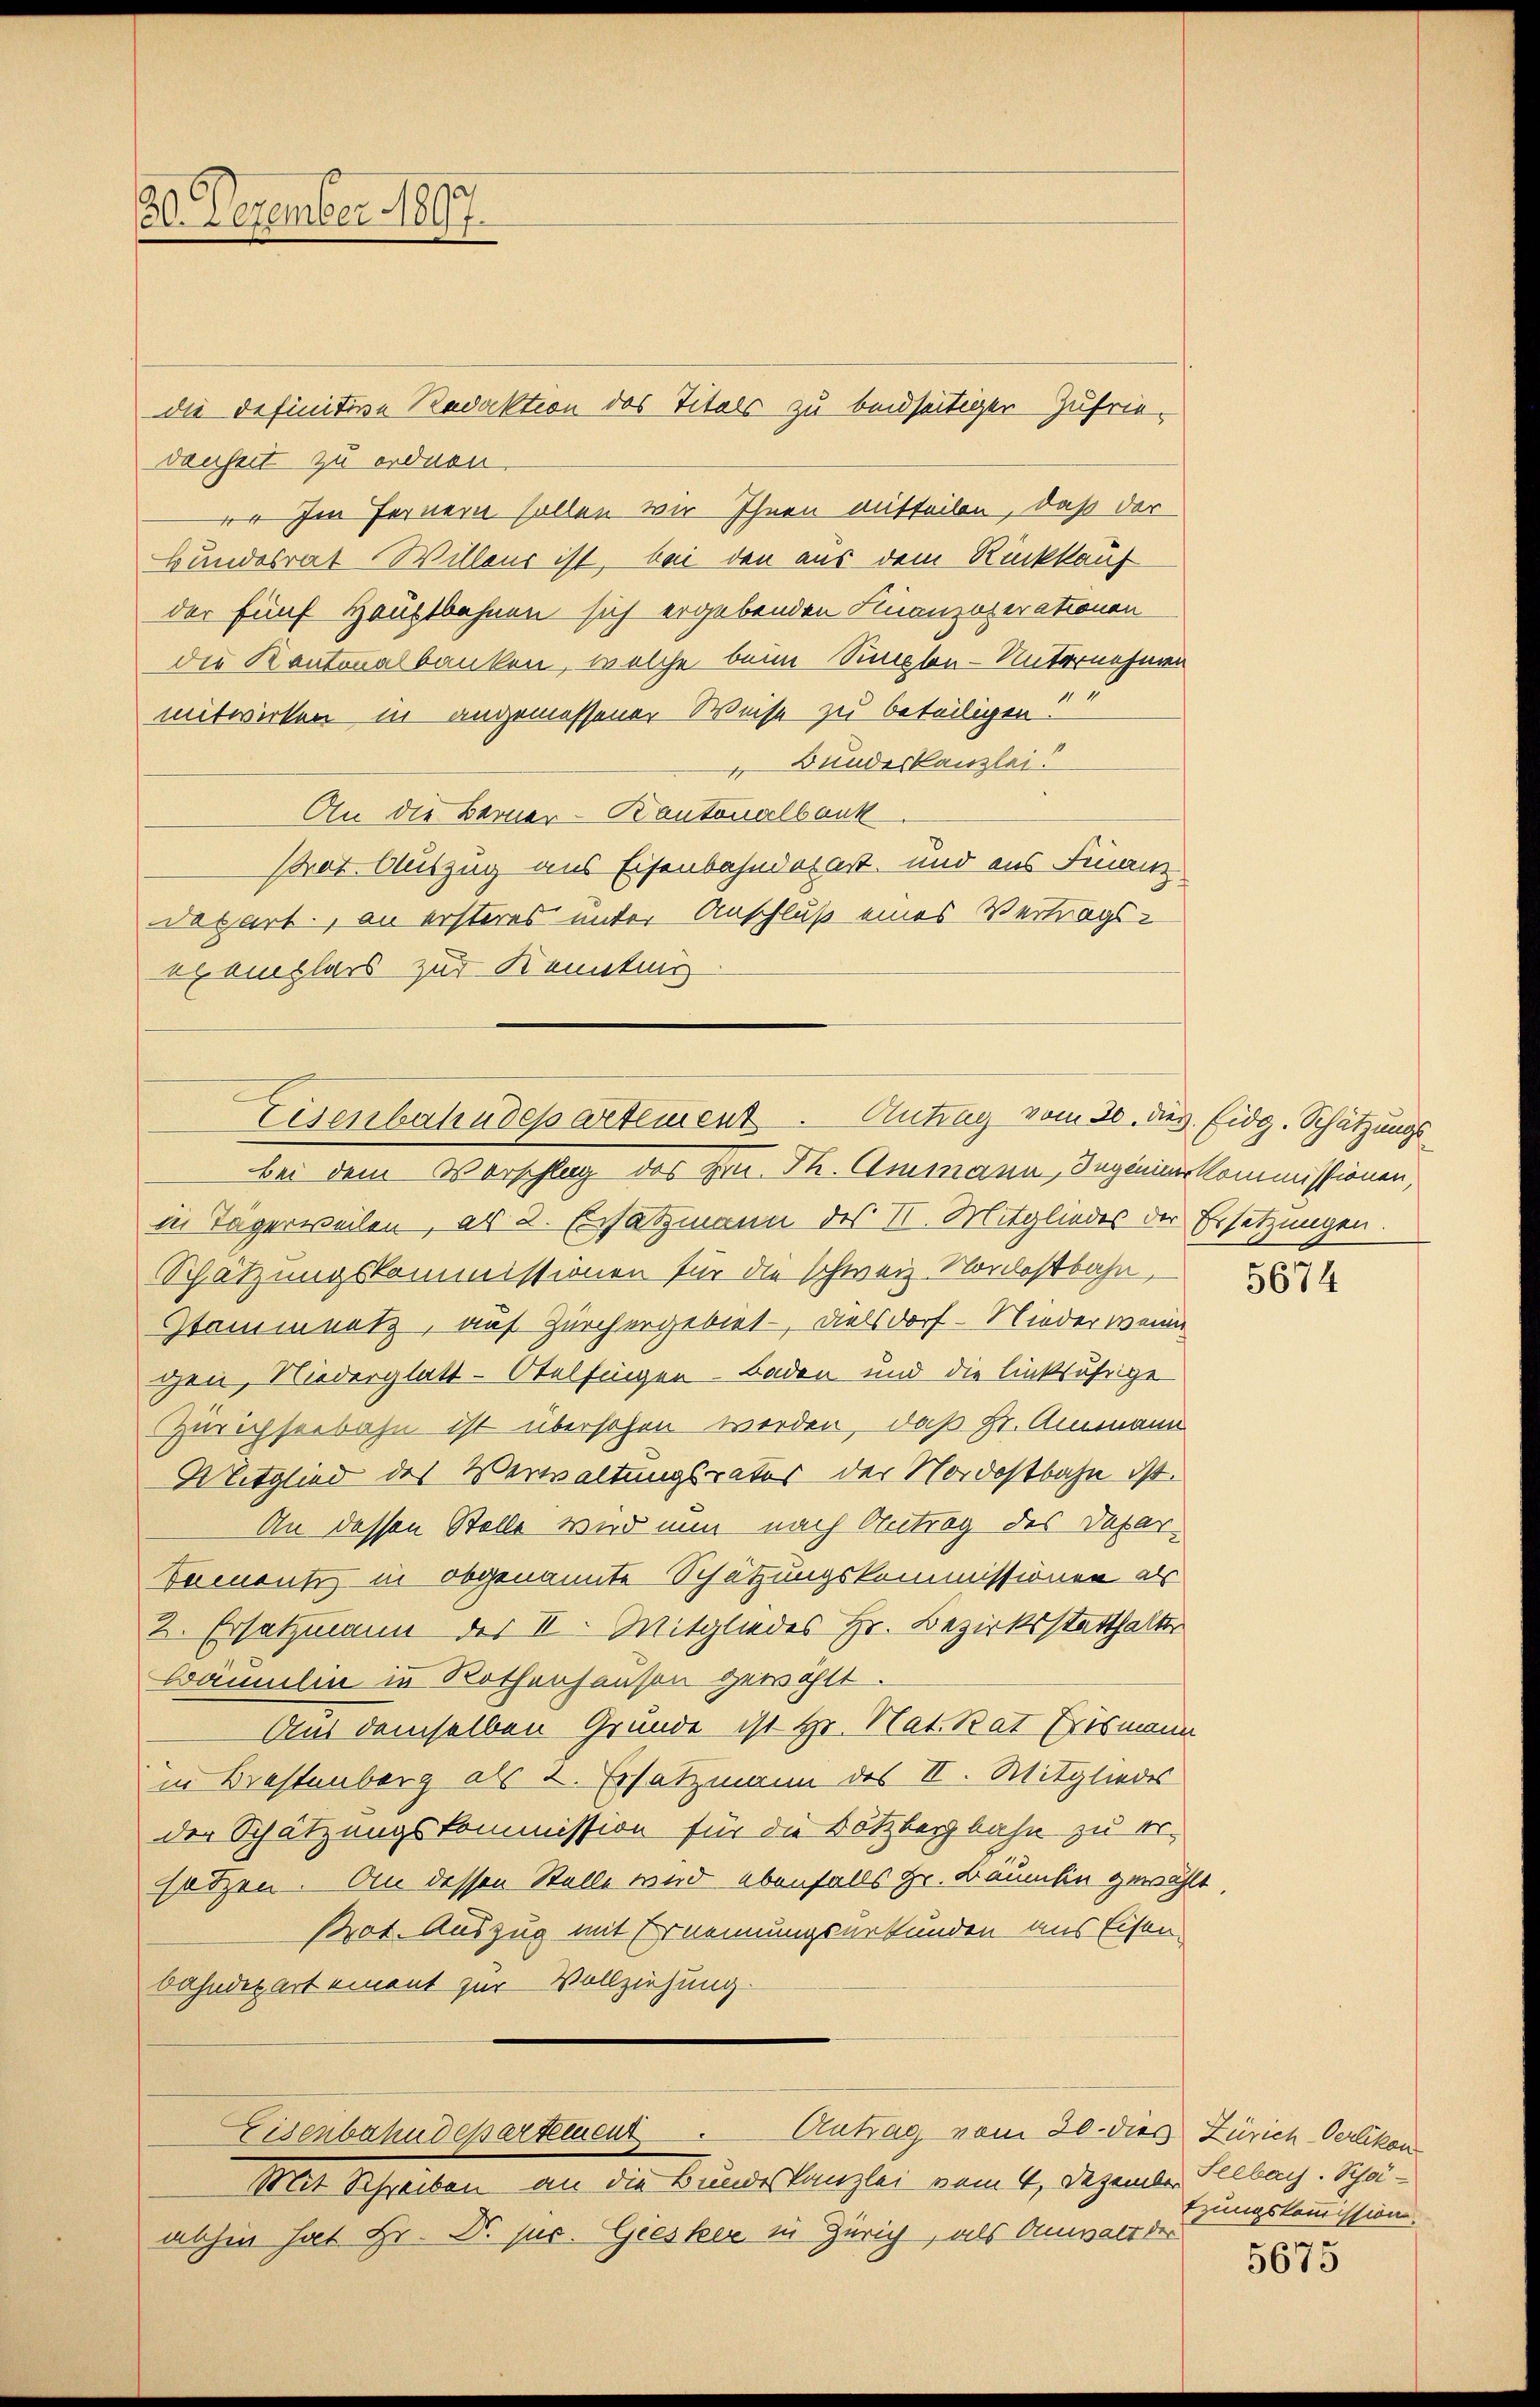
20. Dezember 1897.

die definitive Redaktion des Titels zu beidseitiger Zufriedenheit zu ordnen.
vr Im Fernern sollen wir Ihnen mitteilen, daß der
Bundesrat Willens ist, bei den aus dem Rückkauf
der fünf Hauptbahnen sich ergebenden Finanzoserationen
die Kantonalbanken, welche beim Singlen-Unternehmen
mitwirken in angemessener Weise zu beteiligen?
v. Bundeskanzlei?
An die Berner-Kantonalbauk
Ptrat. Auszug aus Eisenbahndepart, und aus Finanz
Dapart., an ersteres unter Anschluß eines Vertrags-
exemplars zur Kenntnis
bei dem Vorschlag des Hrn. Th. Ammann, Segenier Kommissionen,
in Tägerweilen, als 2. Ersatzmann des II. Mitgliedes der Ersetzungen.
Schätzungskommissionen für die schweiz. Nordostbahn,
Stammnetz, auf Zürchergebiet. Dielsdorf – Nieder wenin
gen, Niederglatt-Otelfingen–Baden und die linksufrige
Zürichseebahn ist übersehen werden, daß Hr. Ammann
Mitglied des Verwaltungsrates der Nordostbahn ist.
An dessen Stelle wird nun nach Antrag des Depar-
Damenti, in obgenannte Schätzungskommissionen als
2. Ersatzmann des II. Mitgliedes Hr. Bezirksstatthalter
Wämilen in Rothenhausen gewählt.
Aus demselben Grunde ist Hr. Nat. Rat Erismann
in Brestenberg als u. Ersatzmann des II. Mitgliedes
der Schätzungskommission für die Nötzbergbahn zu ersätzen. An dessen Stelle wird ebenfalls Hr. Bäumlin gewählt
Pot. Auszug mit Ernennungsurkunden aus Eisen
bahndepart einent zur Vollziehung.

Eisenbahndepartement. Antrag vom 20. des Eidg. Schätzungs¬

Antrag vom 20. dies Zürich Oerlikon
Eisenbahndepartement

Mit Schreiben an die Bundeskanzlei vom 4. Dezember Selbar. Schöabhin hat Hr. Dr. jur. Giesker in Zürich, als Anwalt der

5674

tzungskommission

5675